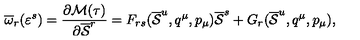
\overline { { \omega } } _ { r } ( \varepsilon ^ { s } ) = { \frac { \partial { \cal M } ( \tau ) } { \partial \overline { { \cal S } } ^ { r } } } = F _ { r s } ( \overline { { \cal S } } ^ { u } , q ^ { \mu } , p _ { \mu } ) \overline { { \cal S } } ^ { s } + G _ { r } ( \overline { { \cal S } } ^ { u } , q ^ { \mu } , p _ { \mu } ) ,